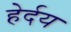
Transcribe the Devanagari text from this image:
हेर्दय